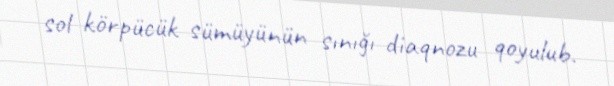
sol körpücük sümüyünün sınığı diaqnozu qoyulub.